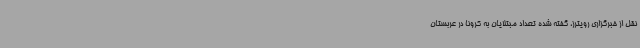
نقل از خبرگزاری رویترز، گفته شده تعداد مبتلایان به کرونا در عربستان